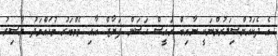
އެ ދެކައުންސިލަރުންނަކީ ނާއިބް ރައީސް ހަސަން ފަޔާޒް އާއި މެމްބަރު މުހައްމަދު ޔާސިރު